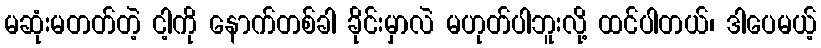
မဆုံးမတတ်တဲ့ ငါ့ကို နောက်တစ်ခါ ခိုင်းမှာလဲ မဟုတ်ပါဘူးလို့ ထင်ပါတယ်၊ ဒါပေမယ့်